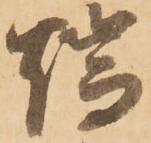
端